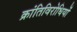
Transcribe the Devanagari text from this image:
क्रांतिविरोधियों